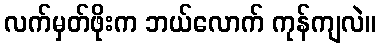
လက်မှတ်ဖိုးက ဘယ်လောက် ကုန်ကျလဲ။